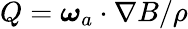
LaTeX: Q=\boldsymbol{\omega}_{a}\cdot\nabla B/\rho